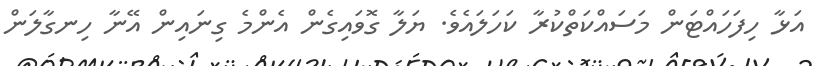
އަޅާ ހިފަހައްޓަން މަސައްކަތްކުރާ ކަހަލައެވެ. ޔަލާ ގޮވައިގެން އެންމެ ގިނައިން އޭނާ ހިނގާލަން